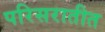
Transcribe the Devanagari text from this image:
परिसरातीत